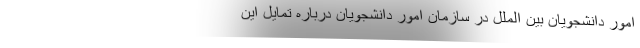
امور دانشجویان بین الملل در سازمان امور دانشجویان درباره تمایل این